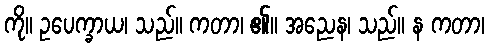
ကို။ ဥပေက္ခာယ၊ သည်။ ကတာ၊ ၏။ အညေန၊ သည်။ န ကတာ၊